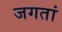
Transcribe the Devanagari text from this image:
जगतां